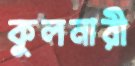
কুলনারী